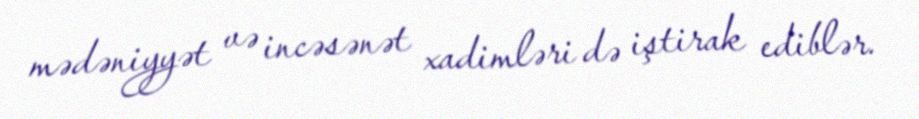
mədəniyyət və incəsənət xadimləri də iştirak ediblər.